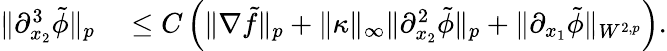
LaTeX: \begin{array}{rl}{\| \partial_{x_{2}}^{3}\tilde{\phi}\| _{p}}&{{}\leq C\left(\| \nabla\tilde{f}\| _{p}+\| \kappa\| _{\infty}\| \partial_{x_{2}}^{2}\tilde{\phi}\| _{p}+\| \partial_{x_{1}}\tilde{\phi}\| _{W^{2,p}}\right).}\end{array}